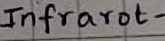
Text: Infrarot-